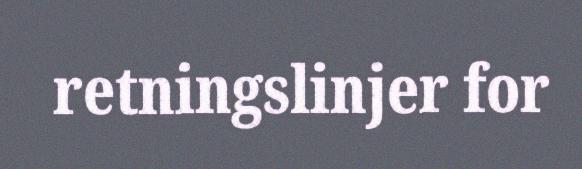
retningslinjer for